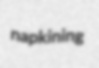
napkining